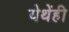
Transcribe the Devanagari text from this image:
येथेंही